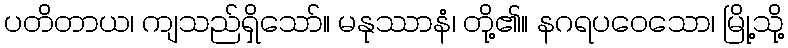
ပတိတာယ၊ ကျသည်ရှိသော်။ မနုဿာနံ၊ တို့၏။ နဂရပဝေသော၊ မြို့သို့